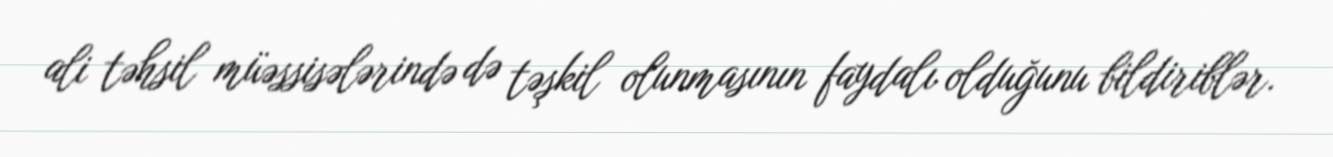
ali təhsil müəssisələrində də təşkil olunmasının faydalı olduğunu bildiriblər.